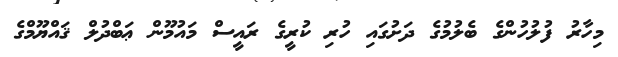
މިހާރު ފުލުހުންގެ ބެލުމުގެ ދަށުގައި ހުރި ކުރީގެ ރައީސް މައުމޫން ޢަބްދުލް ޤައްޔޫމްގެ